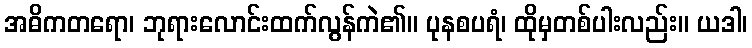
အဓိကတရော၊ ဘုရားလောင်းထက်လွန်ကဲ၏။ ပုနစပရံ၊ ထိုမှတစ်ပါးလည်း။ ယဒါ၊